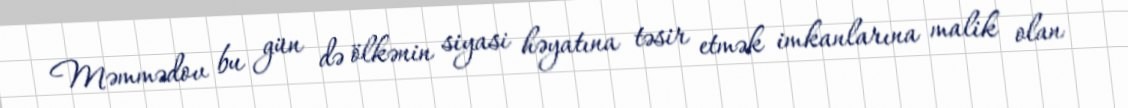
Məmmədov bu gün də ölkənin siyasi həyatına təsir etmək imkanlarına malik olan